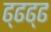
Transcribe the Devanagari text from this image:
ढ्ढढ्ढ